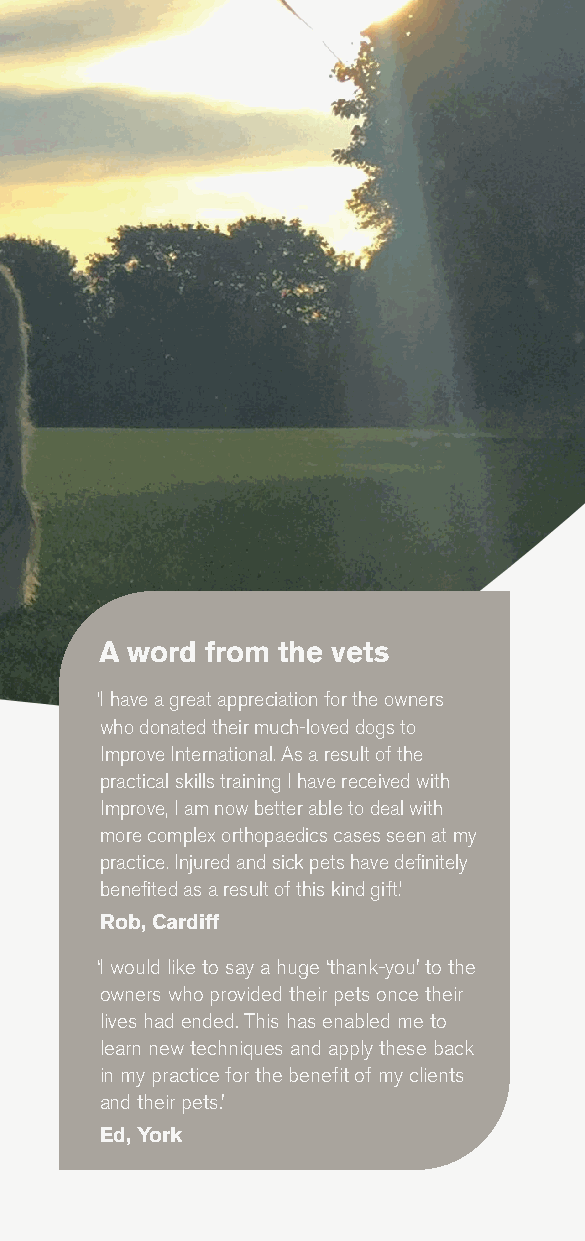
A word from the vets
 ‘I have a great appreciation for the owners
 who donated their much-loved dogs to
 Improve International. As a result of the
 practical skills training I have received with
 Improve, I am now better able to deal with
 more complex orthopaedics cases seen at my
 practice. Injured and sick pets have definitely
 benefited as a result of this kind gift.’
 Rob, Cardiff
 ‘I would like to say a huge ‘thank-you’ to the
 owners who provided their pets once their
 lives had ended. This has enabled me to
 learn new techniques and apply these back
 in my practice for the benefit of my clients
 and their pets.’
 Ed, York